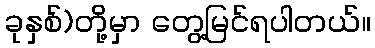
ခုနှစ်)တို့မှာ တွေ့မြင်ရပါတယ်။